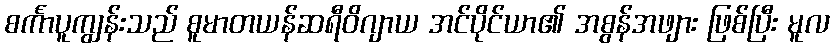
စင်္ကာပူကျွန်းသည် စူမာတယန်ဆရီဝိဂျာယ အင်ပိုင်ယာ၏ အစွန်အဖျား ဖြစ်ပြီး မူလ